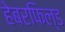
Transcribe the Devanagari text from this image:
हेबरफिल्ड